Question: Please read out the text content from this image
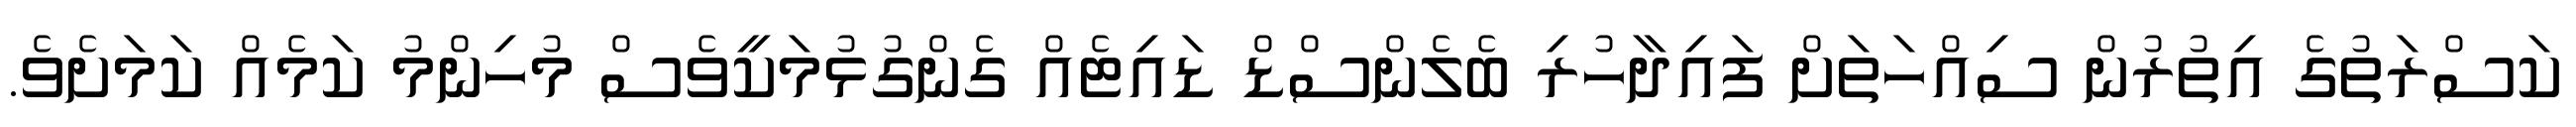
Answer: ކަސްރަތުގެ އިތުރުން ސިއްހަތަށް ފައިދާހުރި ބެލެންސްޑް ޑައިޓެއް ގެންގުޅުމަކީވެސް މުހިންމު ކަމެއް ކަމަށެވެ.